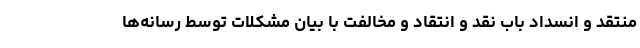
منتقد و انسداد باب نقد و انتقاد و مخالفت با بیان مشکلات توسط رسانه‌ها